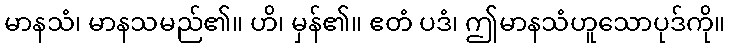
မာနသံ၊ မာနသမည်၏။ ဟိ၊ မှန်၏။ ဧတံ ပဒံ၊ ဤမာနသံဟူသောပုဒ်ကို။